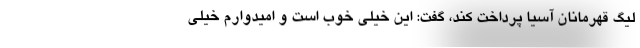
لیگ قهرمانان آسیا پرداخت کند، گفت: این خیلی خوب است و امیدوارم خیلی